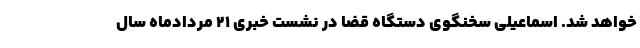
خواهد شد. اسماعیلی سخنگوی دستگاه قضا در نشست خبری ۲۱ مردادماه سال